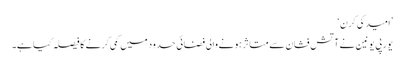
’امید کی کرن‘
یورپی یونین نے آتش فشان سے متاثر ہونے والی فضائی حدود میں کمی کرنے کا فیصلہ کیا ہے۔